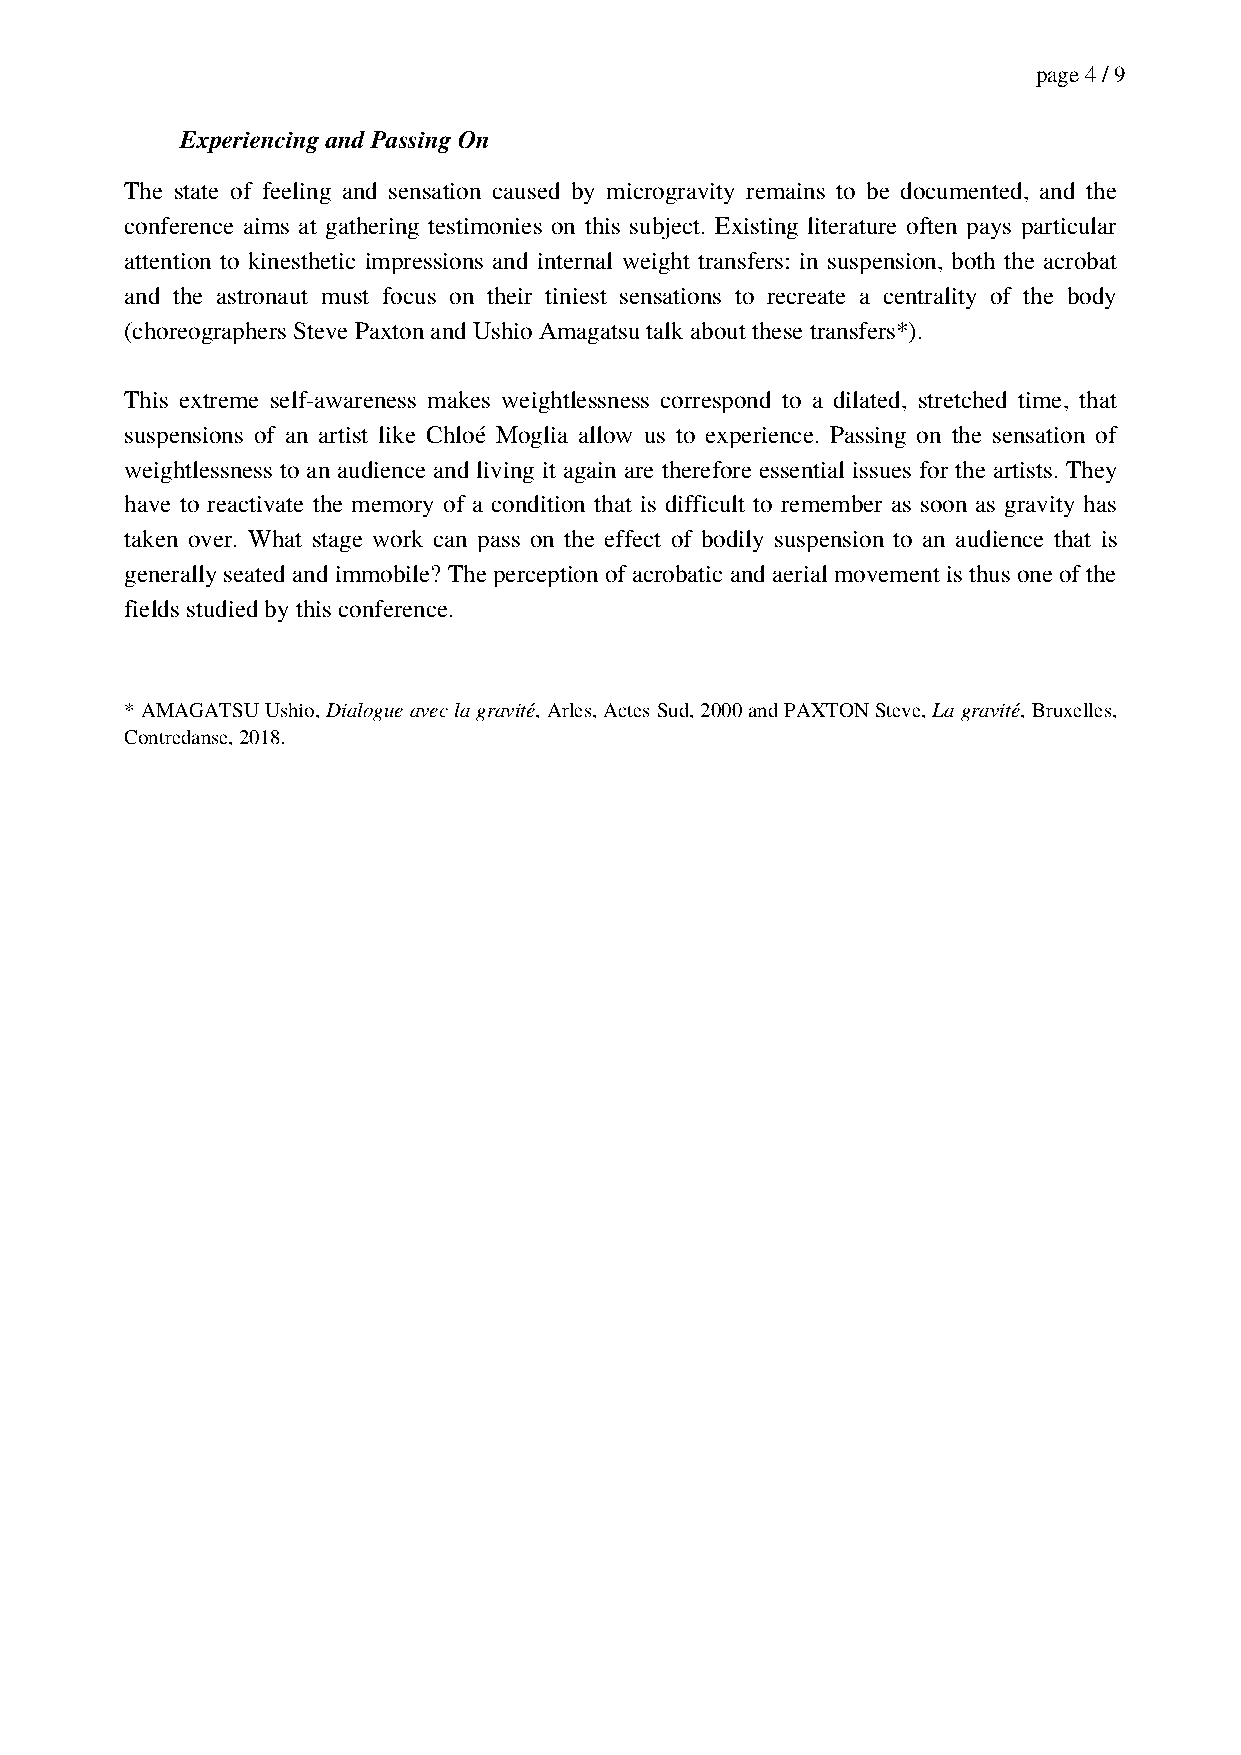
page 4 / 9
 Experiencing and Passing On
 The state of feeling and sensation caused by microgravity remains to be documented, and the
 conference aims at gathering testimonies on this subject. Existing literature often pays particular
 attention to kinesthetic impressions and internal weight transfers: in suspension, both the acrobat
 and the astronaut must focus on their tiniest sensations to recreate a centrality of the body
 (choreographers Steve Paxton and Ushio Amagatsu talk about these transfers*).
 This extreme self-awareness makes weightlessness correspond to a dilated, stretched time, that
 suspensions of an artist like Chloé Moglia allow us to experience. Passing on the sensation of
 weightlessness to an audience and living it again are therefore essential issues for the artists. They
 have to reactivate the memory of a condition that is difficult to remember as soon as gravity has
 taken over. What stage work can pass on the effect of bodily suspension to an audience that is
 generally seated and immobile? The perception of acrobatic and aerial movement is thus one of the
 fields studied by this conference.
 * AMAGATSU Ushio, Dialogue avec la gravité, Arles, Actes Sud, 2000 and PAXTON Steve, La gravité, Bruxelles,
 Contredanse, 2018.